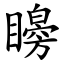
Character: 矈